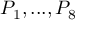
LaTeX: P _ { 1 } , . . . , P _ { 8 }